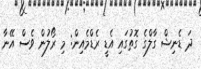
ދަ ޑެނިޝް ގާލްގެ ގޮތުގައި އެޑީ ރެޑްމެއިން: މި ރޯލުން ވެސް އޭނާ